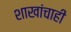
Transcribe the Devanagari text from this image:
शाखांचाही